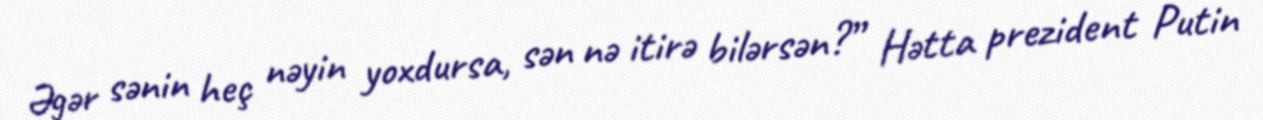
Əgər sənin heç nəyin yoxdursa, sən nə itirə bilərsən?” Hətta prezident Putin